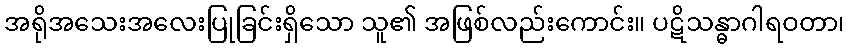
အရိုအသေးအလေးပြုခြင်းရှိသော သူ၏ အဖြစ်လည်းကောင်း။ ပဋိသန္ဓာဂါရဝတာ၊